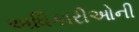
અધિકારીઓની